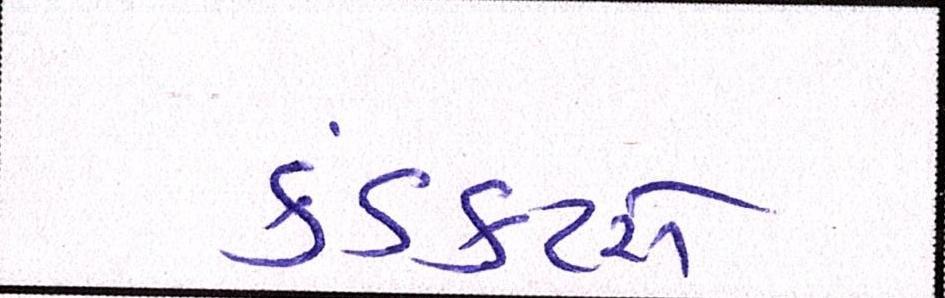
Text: કંડકટરો